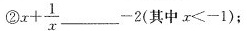
②$$x + \frac { 1 } { x }$$___-2(其中$$x < - 1$$)；